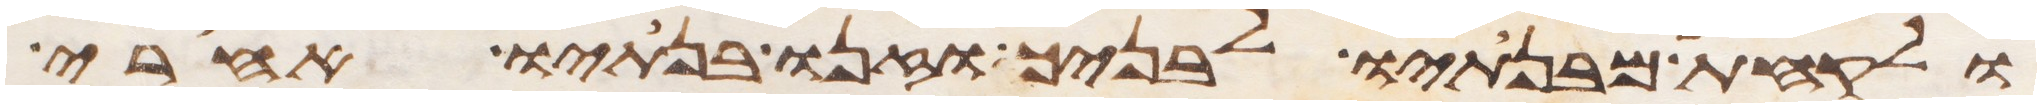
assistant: ולקחת מבנתיו לבניך וזנו בנתיו אחרי